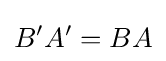
B^{\prime }A^{\prime }=BA